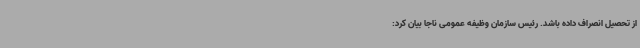
از تحصیل انصراف داده باشد. رئیس سازمان وظیفه عمومی ناجا بیان کرد: